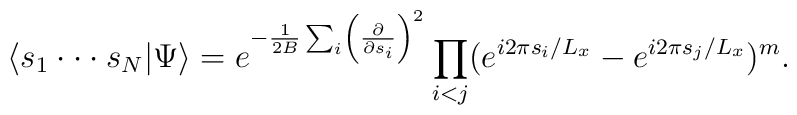
\langle s_1 \cdot \cdot \cdot s_N|\Psi \rangle =e^{-{1 \over 2B} \sum_i \left( {\partial \over \partial s_i} \right)^2}\prod_{i<j} (e^{i2\pi s_i/L_x} -e^{i2\pi s_j/L_x} )^m.